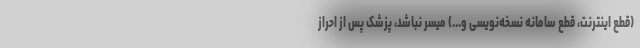
(قطع اینترنت، قطع سامانه نسخه‌نویسی و...) میسر نباشد، پزشک پس از احراز